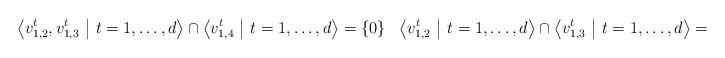
LaTeX: \begin{align*} \left< v_{1,2}^t, v_{1,3}^t \ \middle| \ t = 1, \dots, d \right> \cap \left< v_{1,4}^t \ \middle| \ t = 1, \dots, d \right> = \{ 0 \} \ \ \left< v_{1,2}^t \ \middle| \ t = 1, \dots, d \right> \cap \left< v_{1,3}^t \ \middle| \ t = 1, \dots, d \right> = \{ 0 \}. \end{align*}